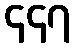
၄၄၇